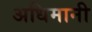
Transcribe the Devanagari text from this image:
अधिमानी